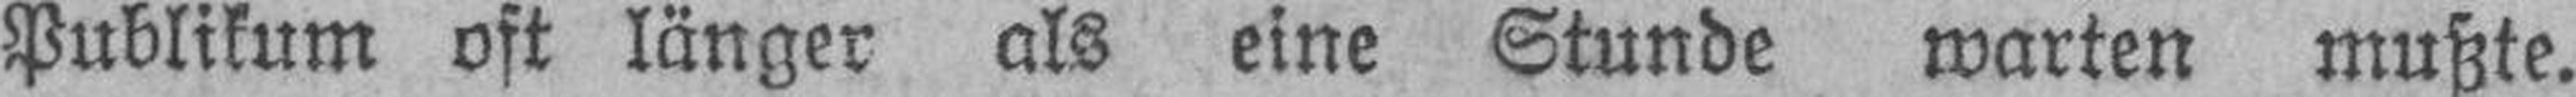
Publikum oft länger als eine Stunde warten mußte.